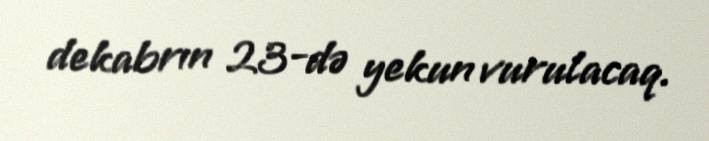
dekabrın 23-də yekun vurulacaq.